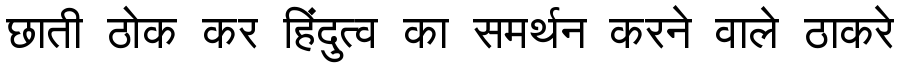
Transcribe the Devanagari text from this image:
छाती ठोक कर हिंदुत्व का समर्थन करने वाले ठाकरे